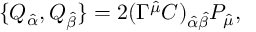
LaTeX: \{ Q _ { \hat { \alpha } } , Q _ { \hat { \beta } } \} = 2 ( \Gamma ^ { \hat { \mu } } C ) _ { \hat { \alpha } \hat { \beta } } P _ { \hat { \mu } } ,